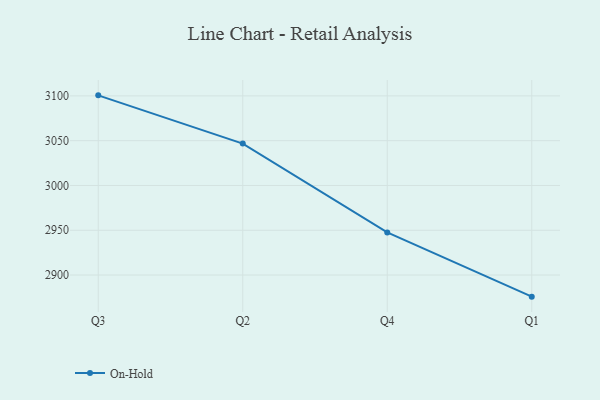
{"axis": {"x": "Quarter", "y": "Backlog"}, "legend": ["On-Hold"], "data": [{"x": "Q3", "y": 3100.6, "type": "On-Hold"}, {"x": "Q2", "y": 3046.8, "type": "On-Hold"}, {"x": "Q4", "y": 2947.6, "type": "On-Hold"}, {"x": "Q1", "y": 2875.9, "type": "On-Hold"}]}